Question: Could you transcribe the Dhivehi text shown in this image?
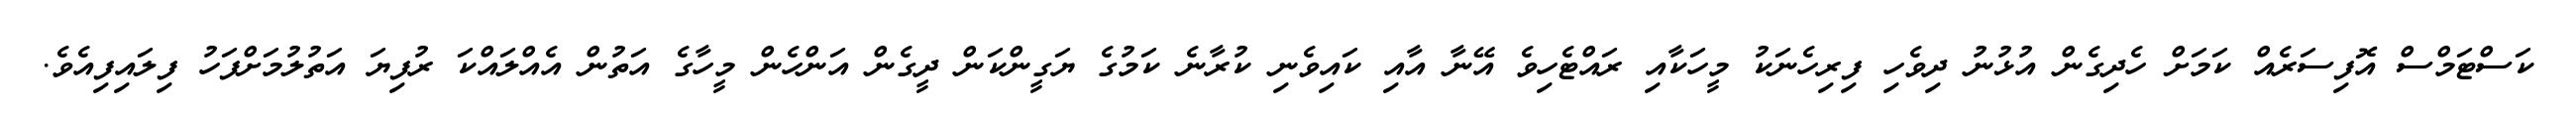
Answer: ކަސްޓަމްސް އޮފިސަރެއް ކަމަށް ހެދިގެން އުޅުނު ދިވެހި ފިރިހެނަކު މީހަކާއި ރައްޓެހިވެ އޭނާ އާއި ކައިވެނި ކުރާނެ ކަމުގެ ޔަގީންކަން ދީގެން އަންހެން މީހާގެ އަތުން އެއްލައްކަ ރުފިޔަ އަތުލުމަށްފަހު ފިލައިފިއެވެ.